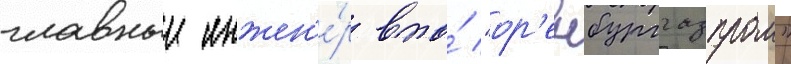
главныи инжен'е́р впо́ "ор'енбурггазпром"